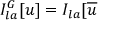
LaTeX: I _ { l a } ^ { G } [ u ] = I _ { l a } [ \overline { { { u } } }